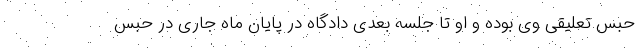
حبس تعلیقی وی بوده و او تا جلسه بعدی دادگاه در پایان ماه جاری در حبس